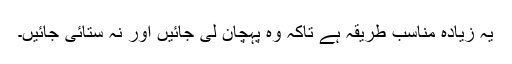
یہ زیادہ مناسب طریقہ ہے تاکہ وہ پہچان لی جائیں اور نہ ستائی جائیں۔